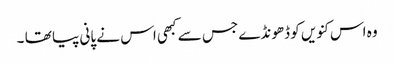
وہ اس کنویں کو ڈھونڈے جس سے کبھی اس نے پانی پیا تھا ۔